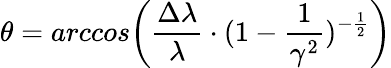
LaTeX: \theta=arccos\bigg(\frac{\Delta\lambda}{\lambda}\cdot(1-\frac{1}{\gamma^{2}})^{-\frac{1}{2}}\bigg)